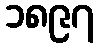
၁၈၉၇